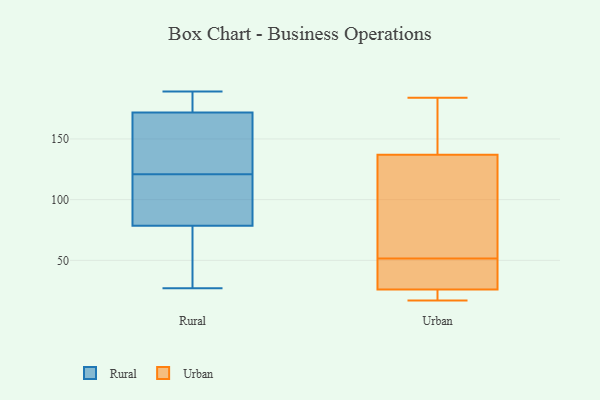
{"axis": {"x": "Active Users", "y": "Value"}, "legend": ["Rural", "Urban"], "data": [{"x": "", "y": 173, "type": "Rural"}, {"x": "", "y": 29, "type": "Rural"}, {"x": "", "y": 83, "type": "Rural"}, {"x": "", "y": 168, "type": "Rural"}, {"x": "", "y": 182, "type": "Rural"}, {"x": "", "y": 121, "type": "Rural"}, {"x": "", "y": 77, "type": "Rural"}, {"x": "", "y": 147, "type": "Rural"}, {"x": "", "y": 117, "type": "Rural"}, {"x": "", "y": 27, "type": "Rural"}, {"x": "", "y": 189, "type": "Rural"}, {"x": "", "y": 184, "type": "Urban"}, {"x": "", "y": 127, "type": "Urban"}, {"x": "", "y": 179, "type": "Urban"}, {"x": "", "y": 96, "type": "Urban"}, {"x": "", "y": 26, "type": "Urban"}, {"x": "", "y": 48, "type": "Urban"}, {"x": "", "y": 21, "type": "Urban"}, {"x": "", "y": 137, "type": "Urban"}, {"x": "", "y": 164, "type": "Urban"}, {"x": "", "y": 43, "type": "Urban"}, {"x": "", "y": 55, "type": "Urban"}, {"x": "", "y": 43, "type": "Urban"}, {"x": "", "y": 22, "type": "Urban"}, {"x": "", "y": 17, "type": "Urban"}]}